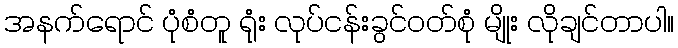
အနက်ရောင် ပုံစံတူ ရုံး လုပ်ငန်းခွင်ဝတ်စုံ မျိုး လိုချင်တာပါ။